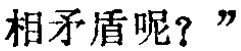
相矛盾呢？”